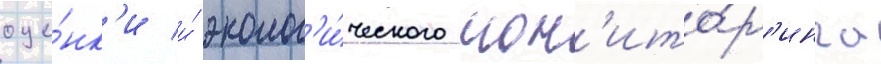
оце́нк'и и́ эколог'и́ческого мон'ито́р'инга